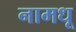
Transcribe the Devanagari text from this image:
नामधू